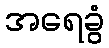
အရေခွံ